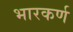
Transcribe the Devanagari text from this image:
भारकर्ण